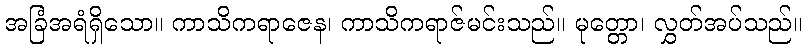
အခြံအရံရှိသော။ ကာသိကရာဇေန၊ ကာသိကရာဇ်မင်းသည်။ မုတ္တော၊ လွှတ်အပ်သည်။